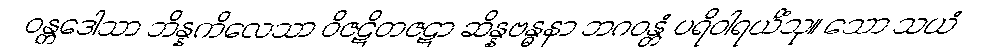
ဝန္တဒေါသာ ဘိန္နကိလေသာ ဝိဇဋိတဇဋာ ဆိန္နဗန္ဓနာ ဘဂဝန္တံ ပရိဝါရယိံသု။ သော သယံ